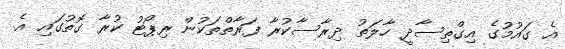
އެ ގައުމުގެ އިގްތިސާދީ ހާލަތު ދިރާސާކުރާ ފަރާތްތަކުން ރިޕޯޓު ކުރާ ގޮތުގައި އެ